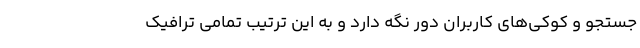
جستجو و کوکی‌‌های کاربران دور نگه دارد و به این ترتیب تمامی ترافیک